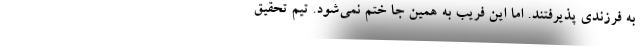
به فرزندی پذیرفتند. اما این فریب به همین جا ختم نمی‌شود. تیم تحقیق